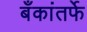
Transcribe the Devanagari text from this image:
बँकांतर्फे